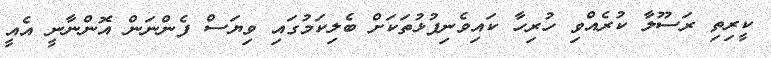
ކީރިތި ރަސޫލާ ކުރެއްވި ހުރިހާ ކައިވެނިފުޅުތަކަށް ބެލިކަމުގައި ވިޔަސް ފެންނަން އޮންނާނީ އެއީ